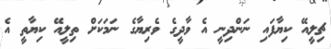
ޗިލީއޭ ކިޔާފައި ނަންދިނީ އެ ވާދީގެ ވެރިޔާގެ ނަމަކަށް ތިލީއޭ ކިޔާތީ އެ